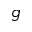
g